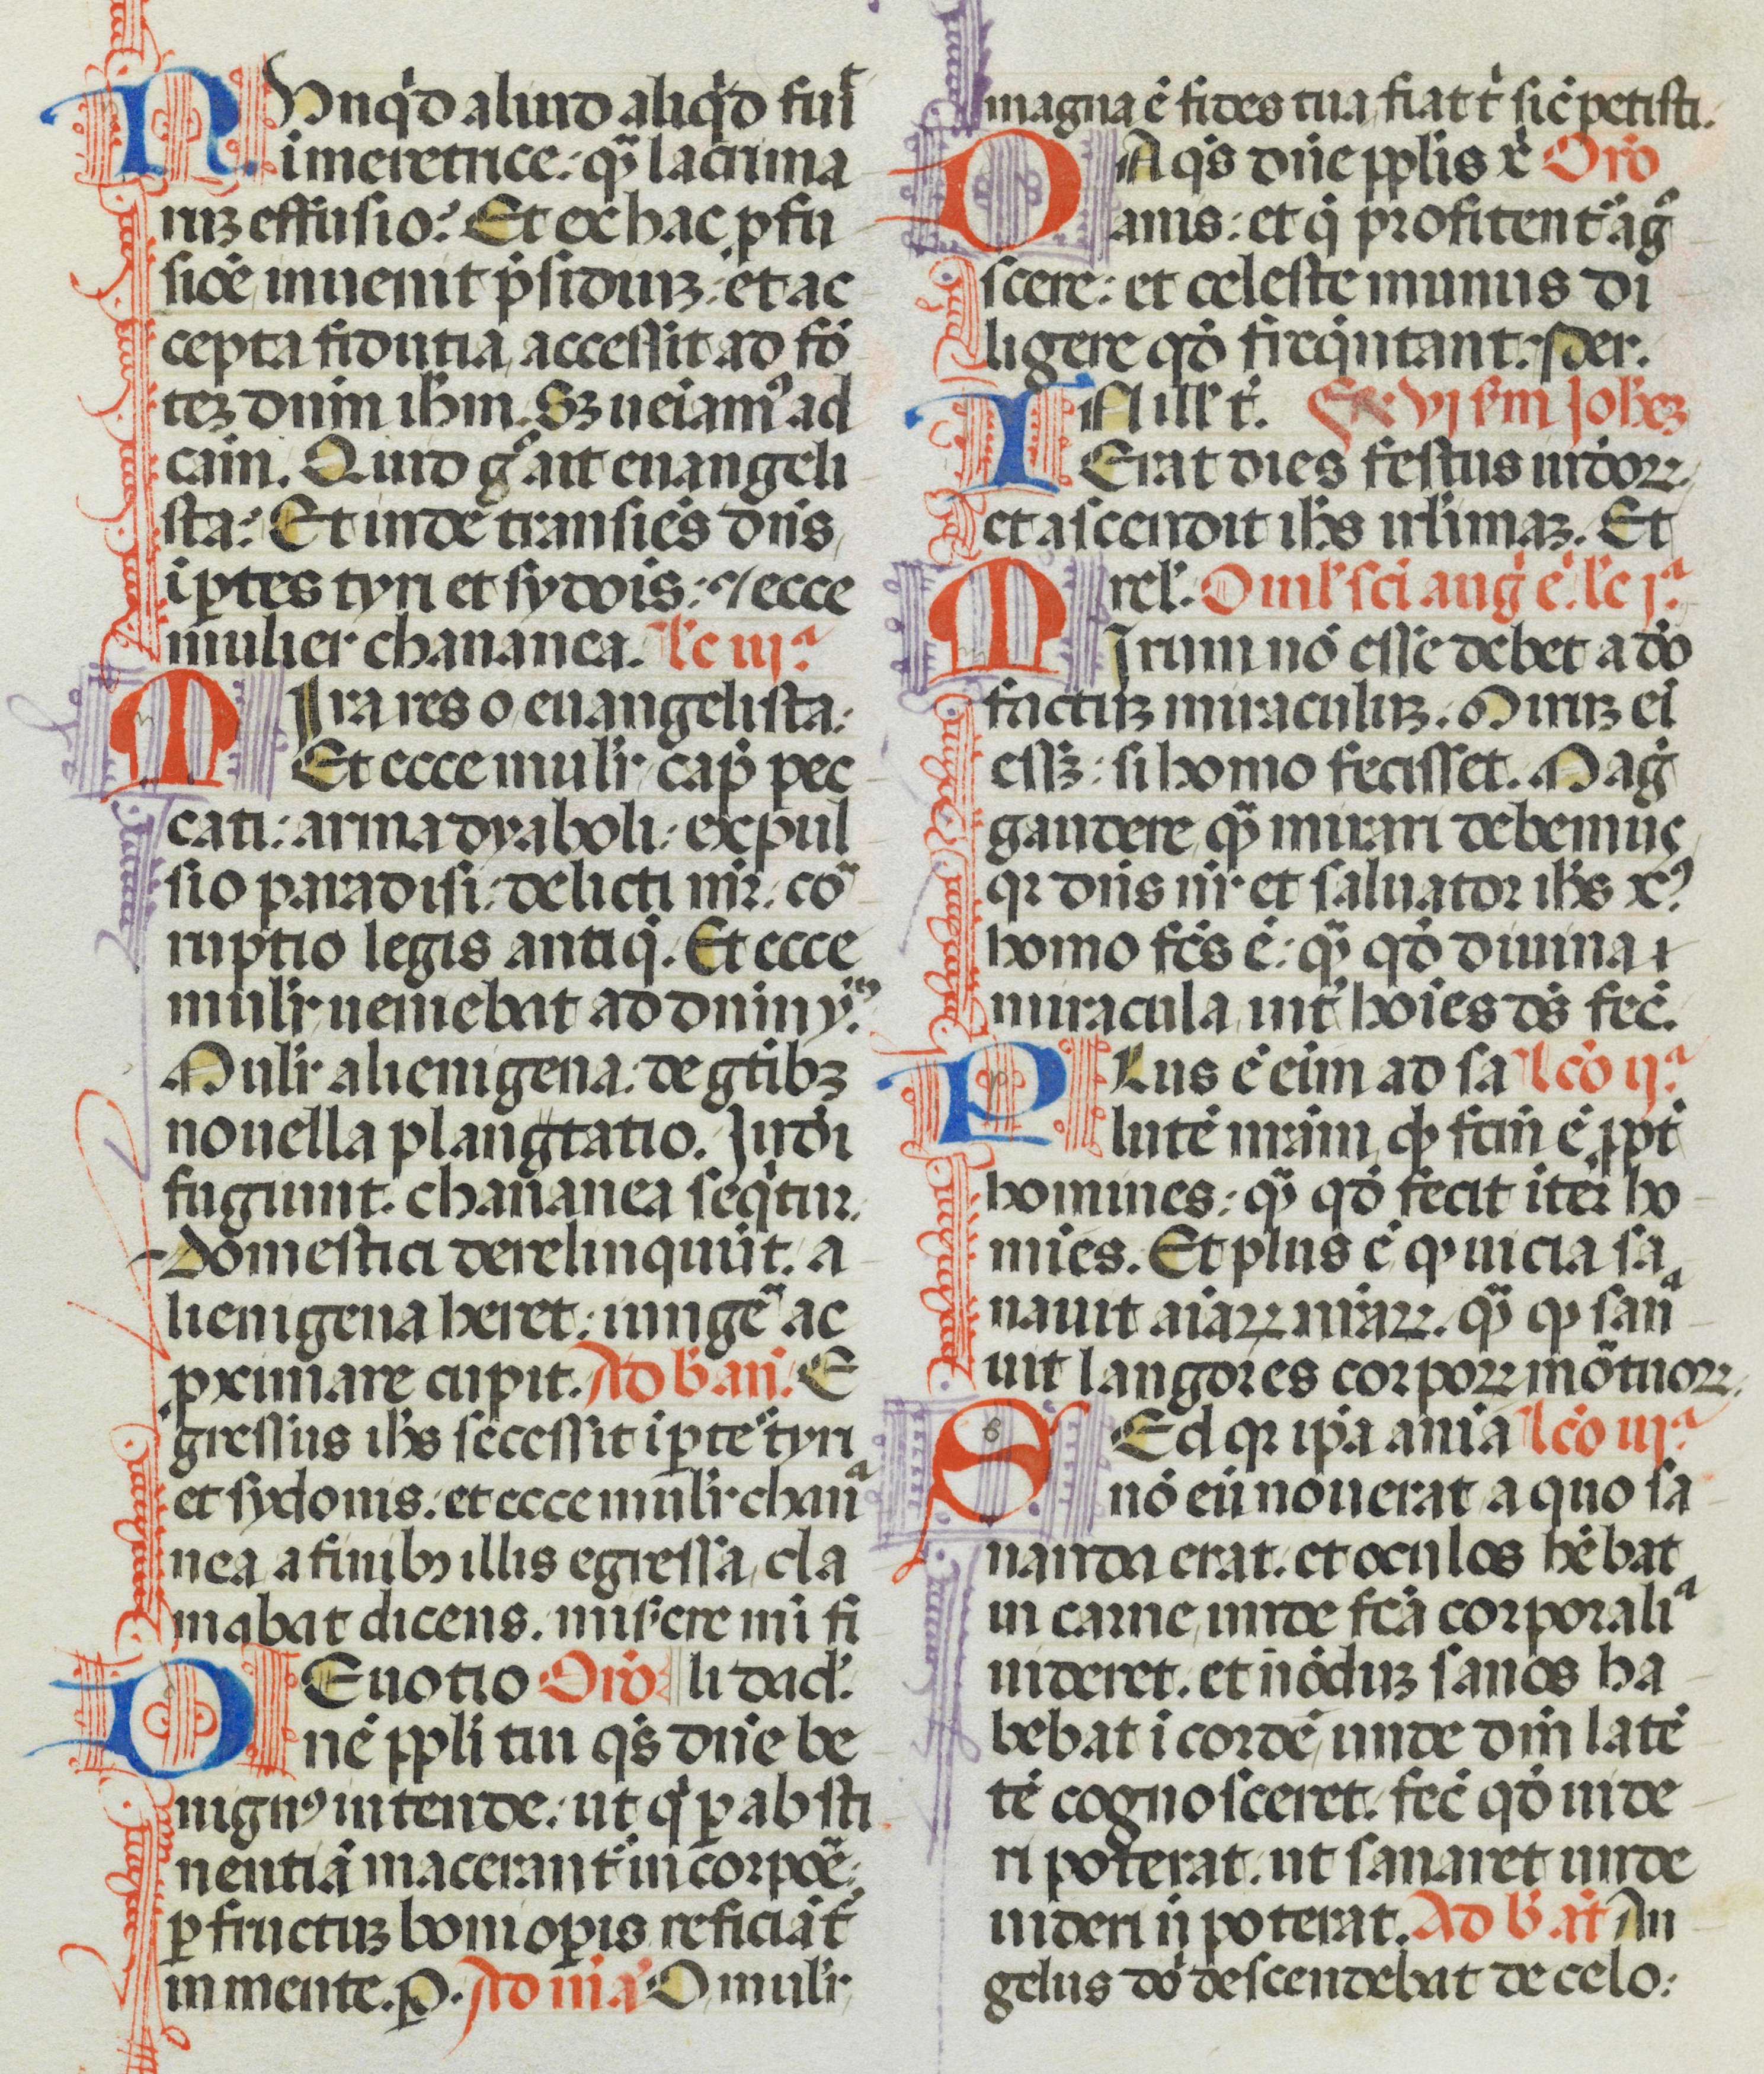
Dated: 1470–1471